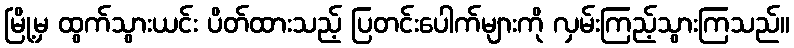
မြို့မှ ထွက်သွားယင်း ပိတ်ထားသည့် ပြတင်းပေါက်များကို လှမ်းကြည့်သွားကြသည်။